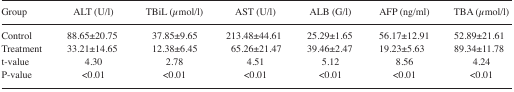
| Group | ALT (U/l) | TBiL (μmol/l) | AST (U/l) | ALB (G/l) | AFP (ng/ml) | TBA (μmol/l) |
 | --- | --- | --- | --- | --- | --- | --- |
 | Control | 88.65±20.75 | 37.85±9.65 | 213.48±44.61 | 25.29±1.65 | 56.17±12.91 | 52.89±21.61 |
 | Treatment | 33.21±14.65 | 12.38±6.45 | 65.26±21.47 | 39.46±2.47 | 19.23±5.63 | 89.34±11.78 |
 | t-value | 4.30 | 2.78 | 4.51 | 5.12 | 8.56 | 4.24 |
 | P-value | <0.01 | <0.01 | <0.01 | <0.01 | <0.01 | <0.01 |